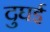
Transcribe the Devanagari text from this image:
दुघई